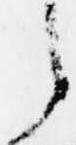
え